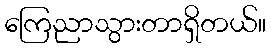
ကြေညာသွားတာရှိတယ်။